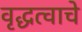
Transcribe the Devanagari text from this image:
वृद्धत्वाचे